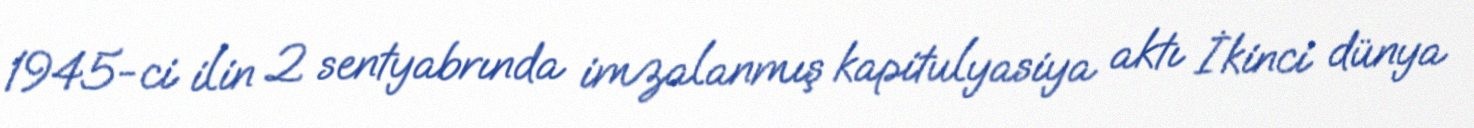
1945-ci ilin 2 sentyabrında imzalanmış kapitulyasiya aktı İkinci dünya